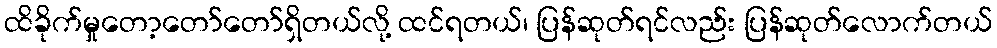
ထိခိုက်မှုတော့တော်တော်ရှိတယ်လို့ ထင်ရတယ်၊ ပြန်ဆုတ်ရင်လည်း ပြန်ဆုတ်လောက်တယ်